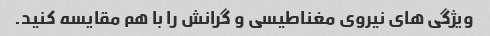
ویژگی های نیروی مغناطیسی و گرانش را با هم مقایسه کنید.